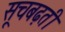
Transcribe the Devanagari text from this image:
सूचबढ़ती